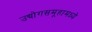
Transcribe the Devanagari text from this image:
उद्योगसमूहामध्ये